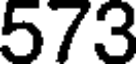
573